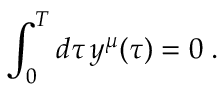
\int _ { 0 } ^ { T } d \tau \, y ^ { \mu } ( \tau ) = 0 \; .